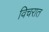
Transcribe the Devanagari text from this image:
विचरात